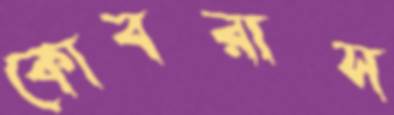
কোবরাস